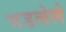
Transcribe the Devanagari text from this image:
जडलेले